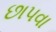
છાપવા